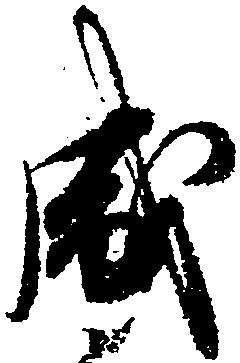
盛